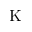
\mathrm { K }